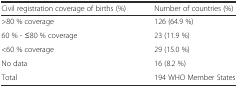
<table><thead><tr><td><b>Civil registration coverage of births (%)</b></td><td><b>Number of countries (%)</b></td></tr></thead><tbody><tr><td>&gt;80 % coverage</td><td>126 (64.9 %)</td></tr><tr><td>60 % - ≤80 % coverage</td><td>23 (11.9 %)</td></tr><tr><td>&lt;60 % coverage</td><td>29 (15.0 %)</td></tr><tr><td>No data</td><td>16 (8.2 %)</td></tr><tr><td>Total</td><td>194 WHO Member States</td></tr></tbody></table>